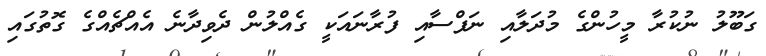
ގަބޫލު ނުކުރާ މީހުންގެ މުދަލާއި ނަފްސާއި ފުރާނައަކީ ގެއްލުން ދެވިދާނެ އެއްޗެއްގެ ގޮތުގައި